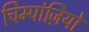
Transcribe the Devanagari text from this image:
चिम्पांज़ियों